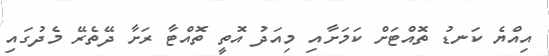
އިއްޔެ ކަނޑު ތޮއްޓަށް ކަމަށާއި މިއަދު އޮތީ ތޮއްޓާ ރަށާ ދޭތެރޭ މެދުގައި